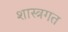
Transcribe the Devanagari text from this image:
शास्त्रगत